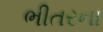
ભીતરના